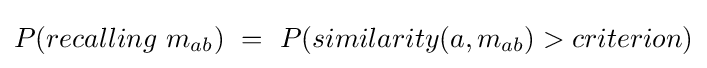
P(recalling~m_{ab})~=~P(similarity(a,m_{ab})>criterion)